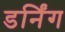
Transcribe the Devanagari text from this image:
डर्निंग